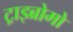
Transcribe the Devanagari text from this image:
ट्राइब्रोमो